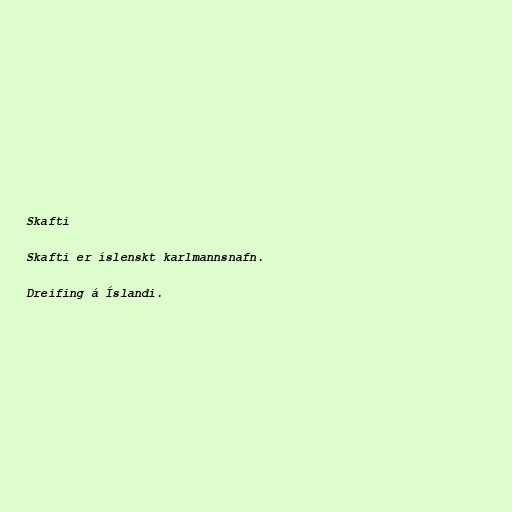
Skafti

Skafti er íslenskt karlmannsnafn.

Dreifing á Íslandi.